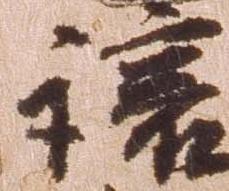
譲